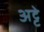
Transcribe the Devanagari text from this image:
अट्टे